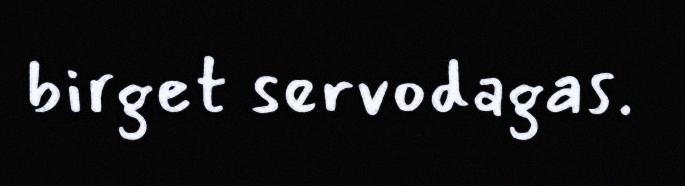
birget servodagas.